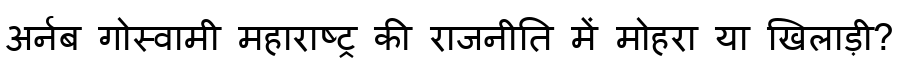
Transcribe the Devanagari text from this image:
अर्नब गोस्वामी महाराष्ट्र की राजनीति में मोहरा या खिलाड़ी?